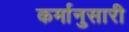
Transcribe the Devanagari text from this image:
कर्मानुसारी